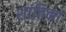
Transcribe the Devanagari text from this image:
शांतिका